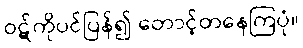
ဝဋ်ကိုပင်ပြန်၍ တောင့်တနေကြပုံ။